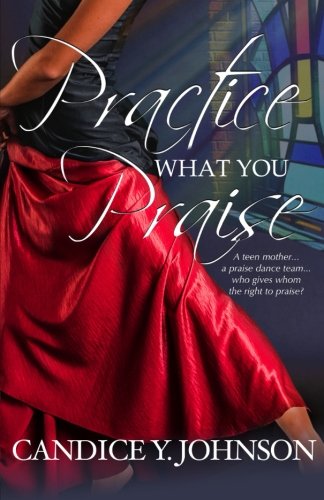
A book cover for Practice What You Praise (Volume 1); Candice Y. Johnson; Literature & Fiction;